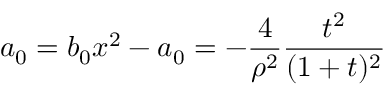
a _ { 0 } = b _ { 0 } x ^ { 2 } - a _ { 0 } = - \frac { 4 } { \rho ^ { 2 } } \frac { t ^ { 2 } } { ( 1 + t ) ^ { 2 } }